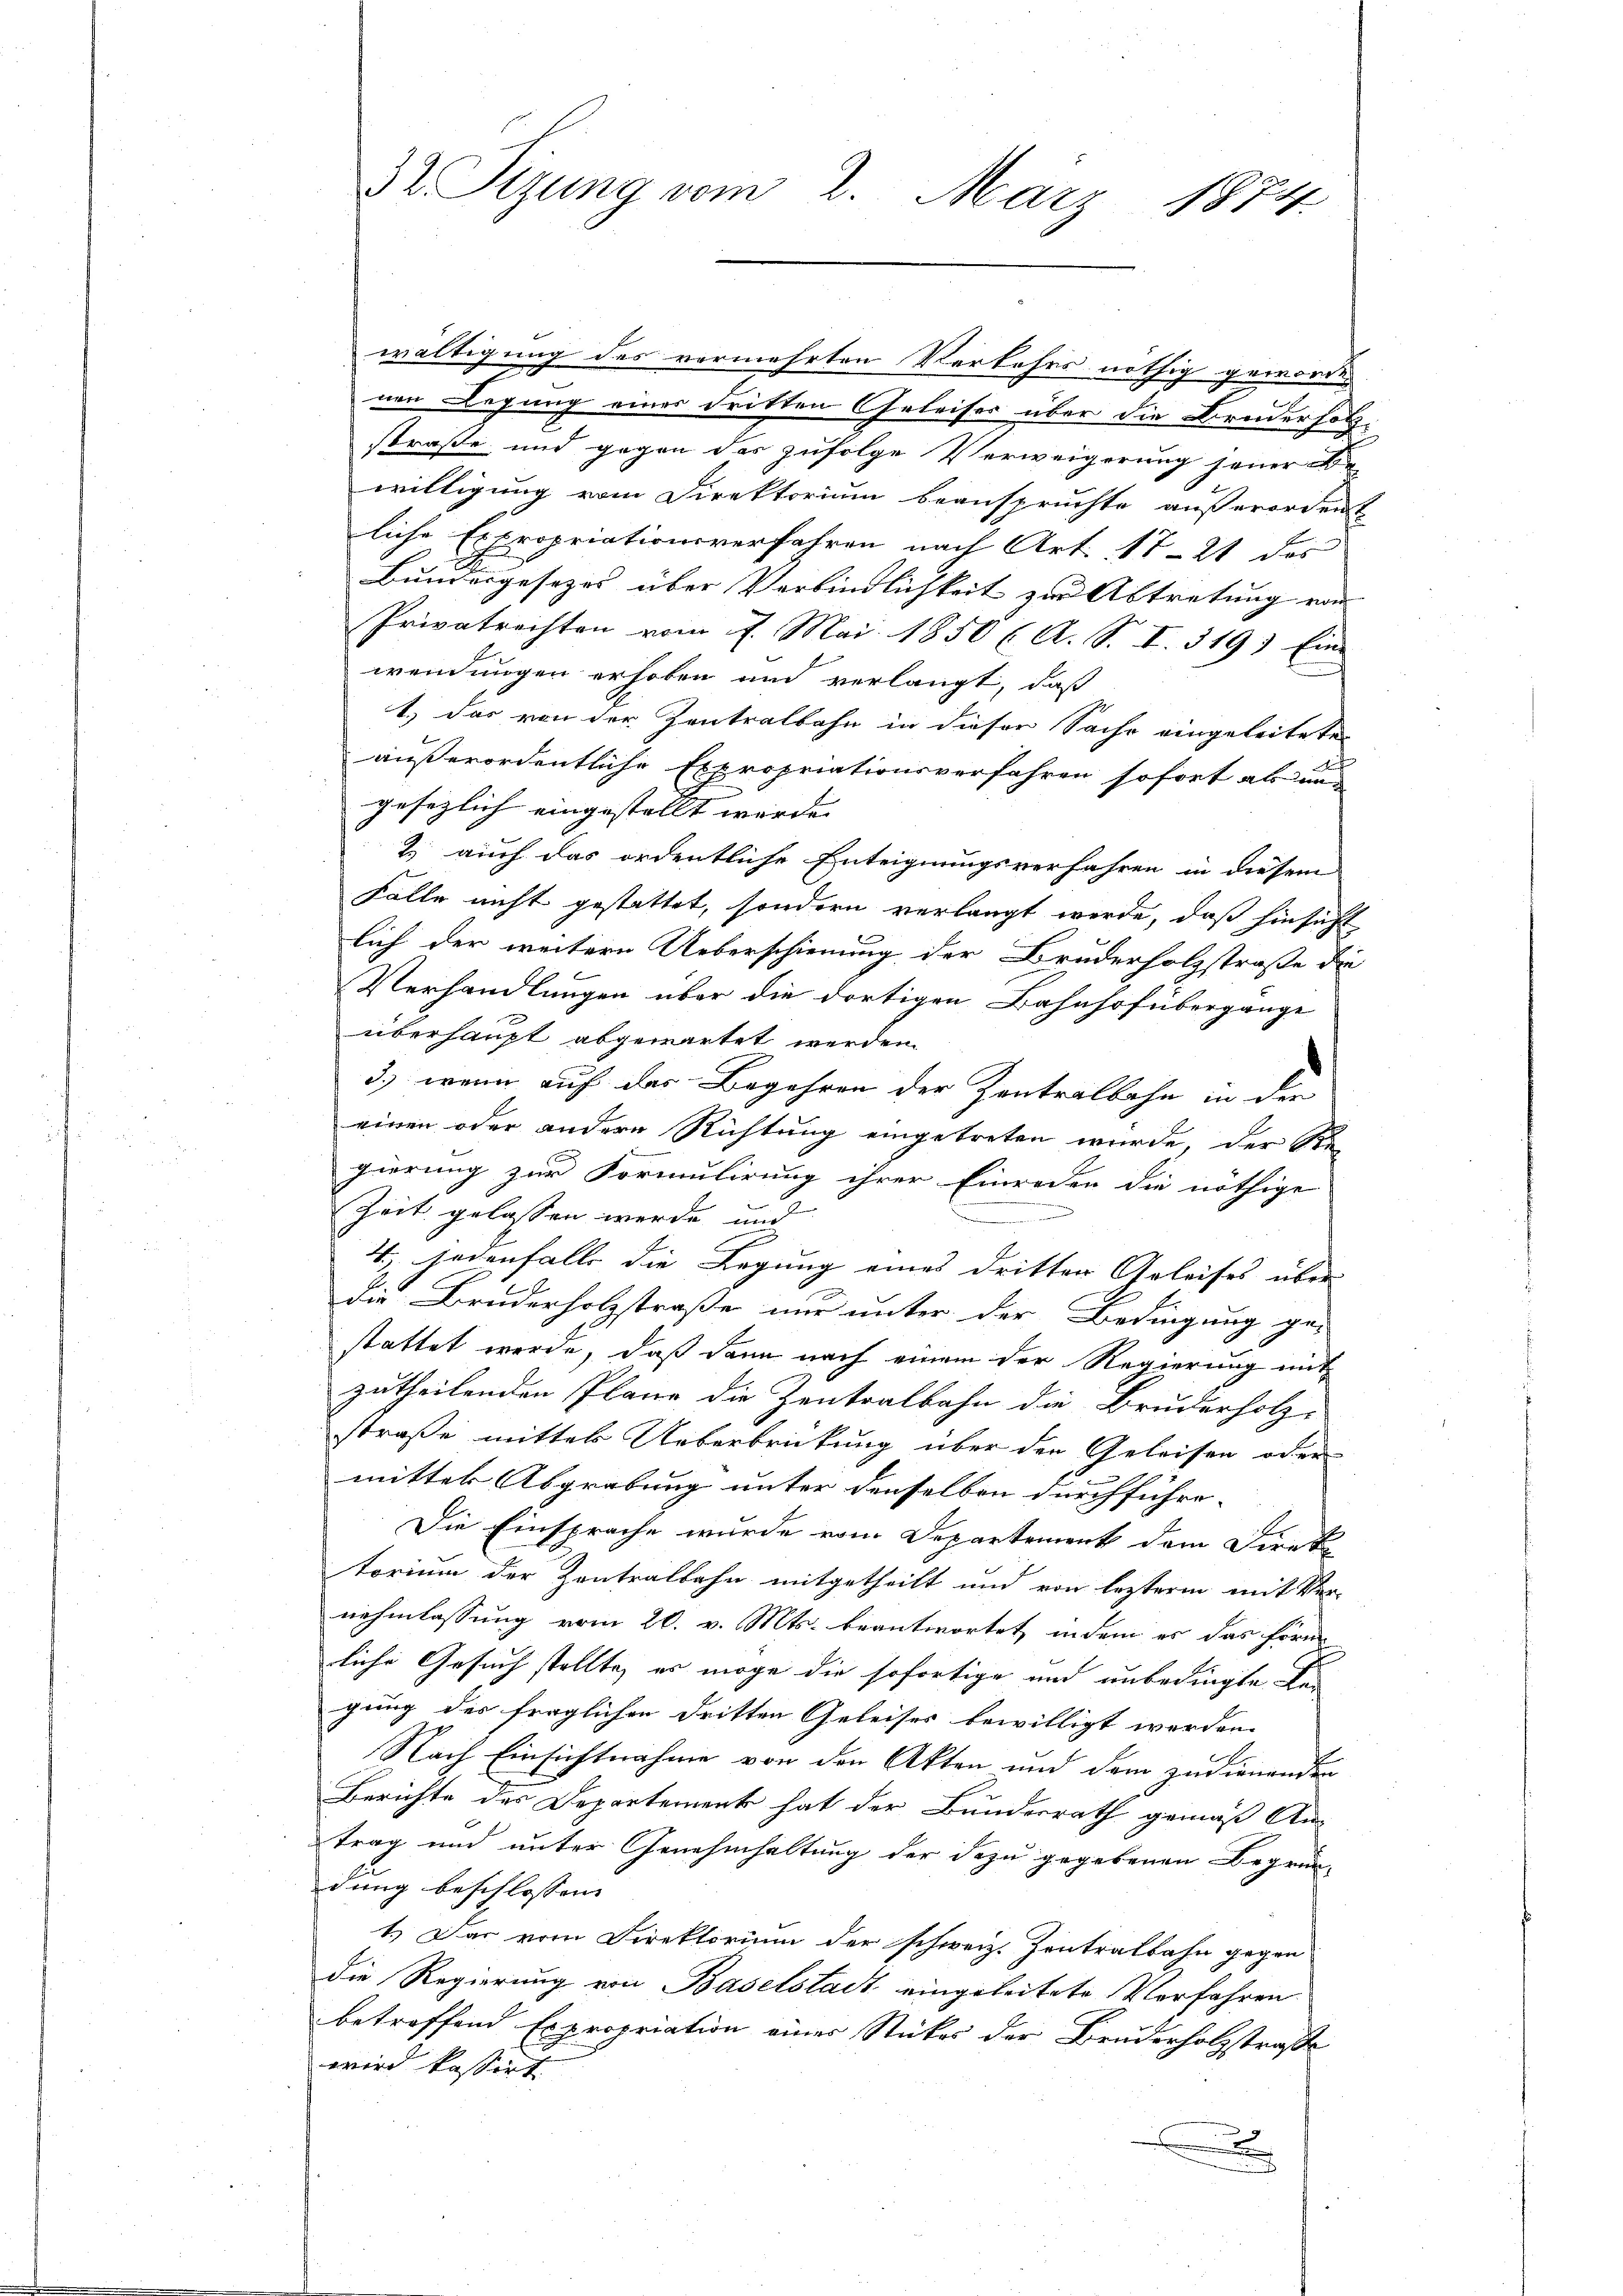
wältigung des vermehrten Verkehrs nöthig geworden
nen Legung eines dritten Geleiser über die Bruderholzstraße und gegen das zufolge Verweigerung seiner Be
willigung vom Direktorium beanspruchte außerordent
liche Expropriationsverfahren nach Art. 1721 des
Bundesgesezes über Verbindlichkeit zur Abtretung von
Privatrechten vom 7. Mai 1850 l. A. S. I. 319. Eine
wendungen erhoben und verlangt, daß
1.) Das von der Zentralbahn in dieser Sache eingeleitete
außerordentliche Expropriationsverfahren sofort als ungesezlich eingestellt wurde.
2. auch das ordentliche Enteignungsverfahren in diesem
Falle nicht gestattet, sondern verlangt werde, daß hinsicht
lich der weitern Ueberschienung der Bruderholzstraße die
Verhandlungen über die dortigen Bahnhof übergange
überhaupt abgewartet werden.
3.) wenn auf das Begehren der Zentralbahn in der
einen oder andere Richtung eingetreten wurde, der Ge-
gierung zur Formulirung ihrer Einreden die nöthige
n
Zeit gelassen werde, und
4.) Jedenfalls die Legung eines dritten Geleises über
die Bruderholzstraße nur unter der Bedingung ge-
stattet werde, daß dann nach einem der Regierung mit
zutheilenden Plane die Zentralbahn die Bruderholz-
straße mittels Ueberbrickung über den Geleisen oder
mittel Abgrabung unter denselben durchführe-
1
Die Einsprache wurde vom Departement dem Direktorium der Zentralbahn mitgetheilt und von lezterm mit Ver-
nehmlassung vom 20. v. Mts. beantwortet, indem es das form
liche Gesuch stellte, es möge die sofortige und unbedingte Re-
gung des fraglichen dritten Geleises bewilligt werden.
Nach Einsichtnahme von den Akten und dem zudienenden
Berichte des Departement hat der Bundesrath gemäß An-
trag und unter Genehmhaltung der dazu gegebenen Begrün-
dung beschlossen. |
1.) Das vom Direktorium der schweiz. Zentralbahn gegen
Die Regierung von Baselstadt eingeleitete Vorfahren
betreffend Expropriation einer Stückes der Bruderholzstraße
wird kassirt.
x

32 Sizung vom 2. März 1874.